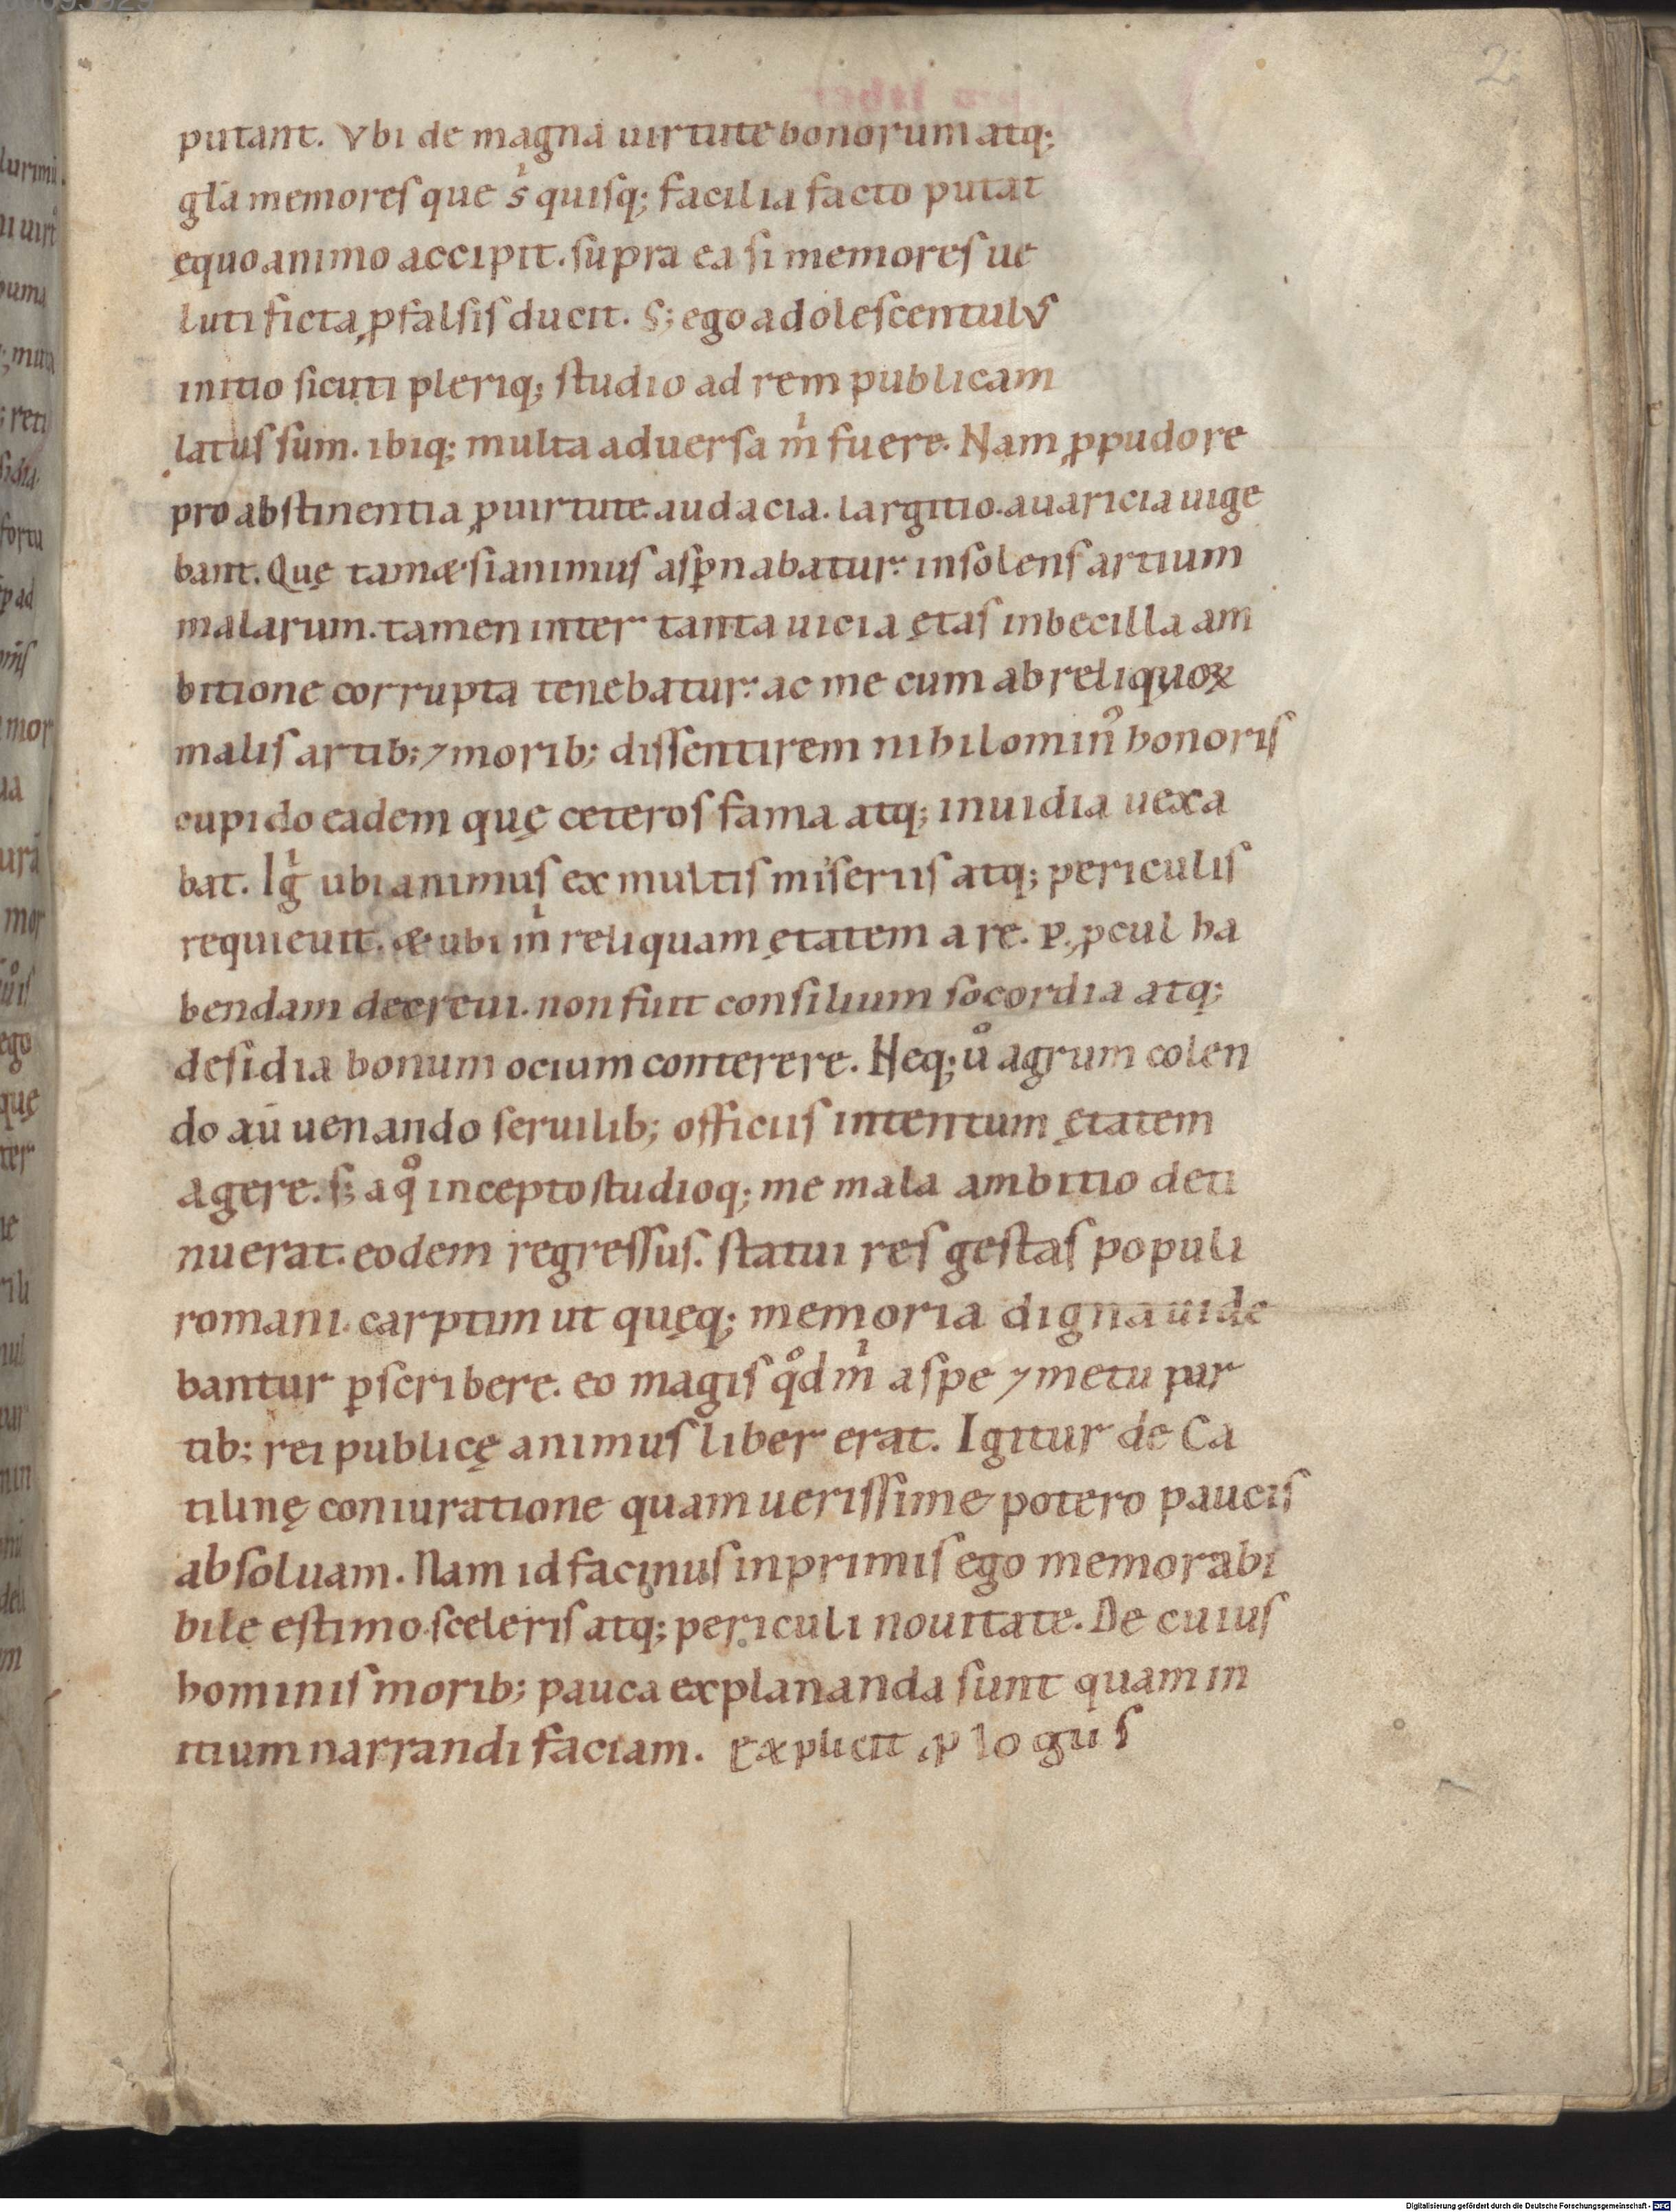
Shelfmark: Munich, Bayerische Staatsbibliothek, Clm 14515
Century: 12